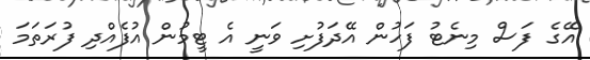
އޭގެ ފަސް މިނެޓު ފަހުން އޭދަފުށި ވަނީ އެ ޓީމުން އުފެއްދި ފުރަތަމަ